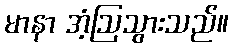
မာနာ အံ့ဩသွားသည်။